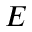
E